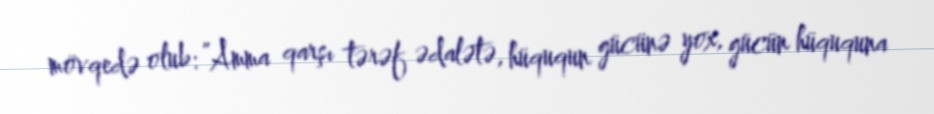
mövqedə olub: ”Amma qarşı tərəf ədalətə, hüququn gücünə yox, gücün hüququna